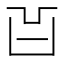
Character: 𠙿